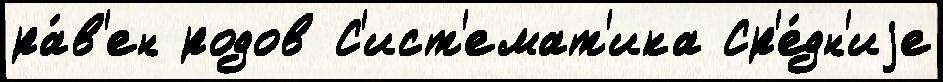
ра́в'ен родов С'ист'емат'ика Ср'е́дн'иjе